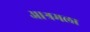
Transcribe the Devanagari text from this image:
आश्रमला